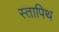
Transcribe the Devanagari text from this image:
स्तापिथ